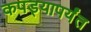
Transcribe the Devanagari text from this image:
कपड्यापर्यंत